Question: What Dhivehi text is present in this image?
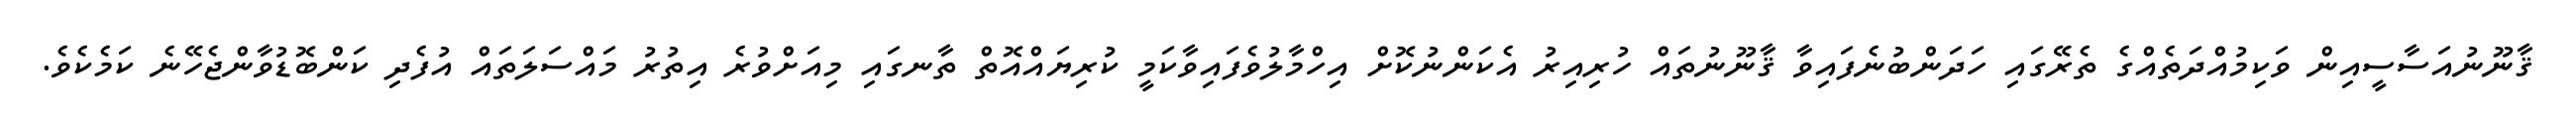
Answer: ޤާނޫނުއަސާސީއިން ވަކިމުއްދަތެއްގެ ތެރޭގައި ހަދަންބުނެފައިވާ ޤާނޫނުތައް ހުރިއިރު އެކަންނުކޮށް އިހްމާލުވެފައިވާކަމީ ކުރިޔައްއޮތް ތާނގައި މިއަށްވުރެ އިތުރު މައްސަލަތައް އުފެދި ކަންބޮޑުވާންޖެހޭނެ ކަމެކެވެ.